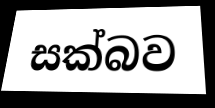
සක්බව